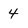
Character: 4